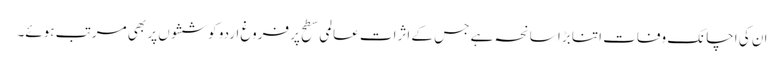
ان کی اچانک وفات اتنا بڑا سانحہ ہے جس کے اثرات عالمی سطح پر فروغ اردو کوششوں پر بھی مرتب ہوئے۔